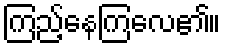
ကြည့်နေကြလေ၏။